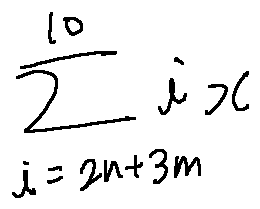
\sum \limits _ { i = 2 n + 3 m } ^ { 1 0 } i x